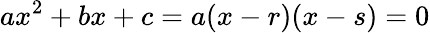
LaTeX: ax^{2}+bx+c=a(x-r)(x-s)=0